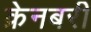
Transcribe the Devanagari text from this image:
क्रेनबरी